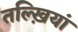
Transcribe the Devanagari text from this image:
तल्ख़ियां